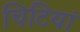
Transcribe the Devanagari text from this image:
चिटियां